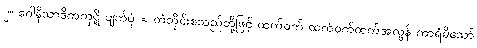
၂။ ဂေါနိသာဒိကကုဋိ ပျက်ပုံ = တံတိုင်းစသည်တို့ဖြင့် ထက်ဝက် ထက်ဝက်ထက်အလွန် ကာရံမိသော်